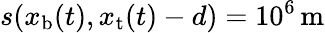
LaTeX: s(x_{\mathrm{b}}(t),x_{\mathrm{t}}(t)-d)=10^{6}\, \mathrm{m}